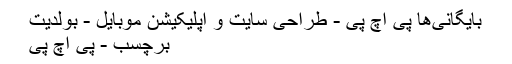
بایگانی‌ها پی اچ پی - طراحی سایت و اپلیکیشن موبایل - بولدیت
برچسب - پی اچ پی